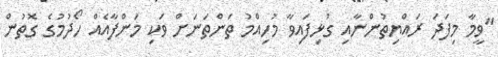
"ވީމާ މިފަދަ ރައްޔިތުންނާއި ގުޅިފައިވާ މުހިއްމު ތަންތަނަށް ވަކި މަންފާއެއް ހޯދުމުގެ ގޮތުން